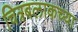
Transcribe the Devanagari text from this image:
चित्रबलाकच्या